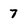
Character: 7